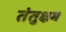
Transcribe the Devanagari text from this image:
तंतुक्षम